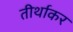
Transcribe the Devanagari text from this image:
तीर्थाकर